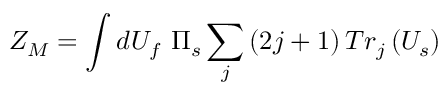
Z _ { M } = \int d U _ { f } \ \Pi _ { s } \sum _ { j } \left( 2 j + 1 \right) T r _ { j } \left( U _ { s } \right)